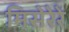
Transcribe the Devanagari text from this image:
मिसेरेरे